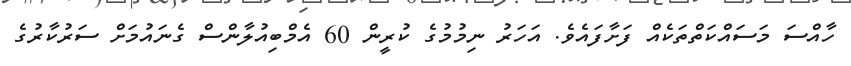
ހާއްސަ މަސައްކަތްތަކެއް ފަށާފައެވެ. އަހަރު ނިމުމުގެ ކުރީން 60 އެމްބިއުލާންސް ގެނައުމަށް ސަރުކާރުގެ